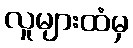
လူများထံမှ